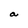
Character: a